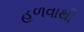
હળવાથી